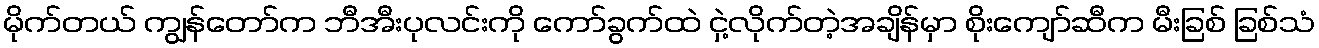
မိုက်တယ် ကျွန်တော်က ဘီအီးပုလင်းကို ကော်ခွက်ထဲ ငှဲ့လိုက်တဲ့အချိန်မှာ စိုးကျော်ဆီက မီးခြစ် ခြစ်သံ